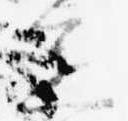
進